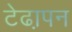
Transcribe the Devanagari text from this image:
टेढा़पन